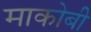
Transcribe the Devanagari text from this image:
माकोबी